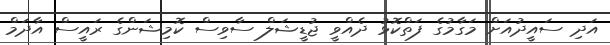
އަދި ސައީދުއަށް މަގާމުގެ ފަތްކޮޅު ދެއްވީ ޖުޑީޝަލް ސާވިސް ކޮމިޝަންގެ ރައީސް އާދަމް